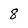
Character: 8